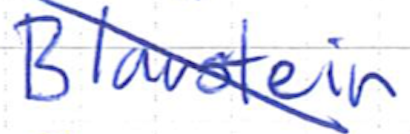
Text: Blaustein
Cross-out: diagonal
Writing tool: ballpoint